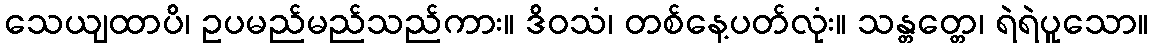
သေယျထာပိ၊ ဥပမည်မည်သည်ကား။ ဒိဝသံ၊ တစ်နေ့ပတ်လုံး။ သန္တတ္တေ၊ ရဲရဲပူသော။